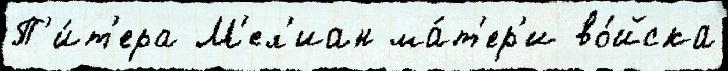
П'и́т'ера М'ел'иан ма́т'ер'и во́йска